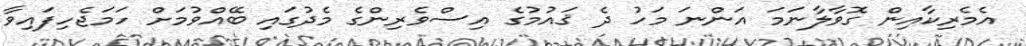
އެމެރިކާއިން ގޮވާލާނަމަ އަންނަ މަހު ދެ ޤައުމުގެ އިސްވެރިންގެ މެދުގައި ބޭއްވުމަށް ހަމަޖެހިފައިވާ